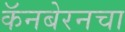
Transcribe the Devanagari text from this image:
कॅनबेरनचा